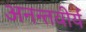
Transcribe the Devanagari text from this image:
अनन्तवीर्य